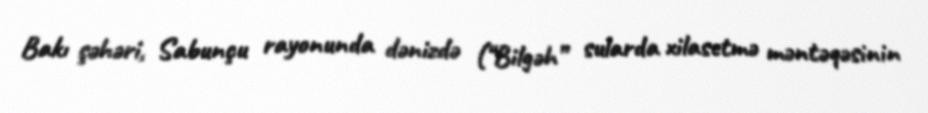
Bakı şəhəri, Sabunçu rayonunda dənizdə (“Bilgəh” sularda xilasetmə məntəqəsinin